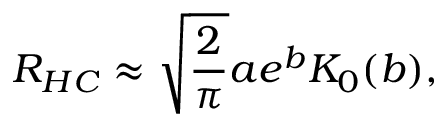
R _ { H C } \approx \sqrt { \frac { 2 } { \pi } } a e ^ { b } K _ { 0 } ( b ) ,